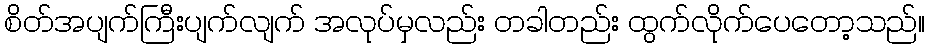
စိတ်အပျက်ကြီးပျက်လျက် အလုပ်မှလည်း တခါတည်း ထွက်လိုက်ပေတော့သည်။